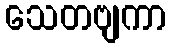
သေတဗျကာ